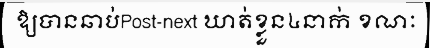
ឱ្យបានឆាប់Post-next ឃាត់ខ្លួន៤នាក់ ខណៈ